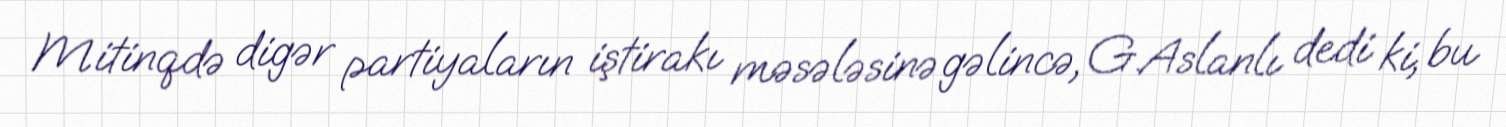
Mitinqdə digər partiyaların iştirakı məsələsinə gəlincə, G.Aslanlı dedi ki, bu